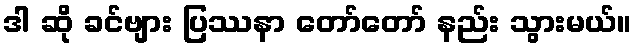
ဒါ ဆို ခင်ဗျား ပြဿနာ တော်တော် နည်း သွားမယ်။